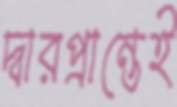
দ্বারপ্রান্তেই